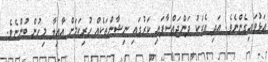
އަޅުވައިގެންނެވެ. އަދި އެކަކު ދަންޖައްސާފައި ކަރުގައި ނިޝާންތަކެއް ހުރިކަމަށް އާއިލާ މިހުން ބުންޏެވެ.